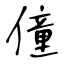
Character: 僮